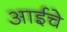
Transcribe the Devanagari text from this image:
अाईचे